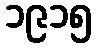
၁၉၁၅